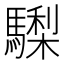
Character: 𩦀